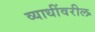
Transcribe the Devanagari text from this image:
व्याधींवरील